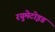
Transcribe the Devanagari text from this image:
रयुमेटोइड